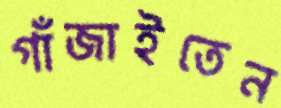
গাঁজাইতেন